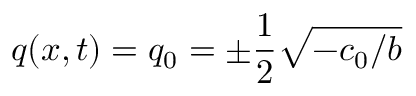
q ( x , t ) = q _ { 0 } = \pm \frac { 1 } { 2 } \sqrt { - c _ { 0 } / b }